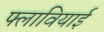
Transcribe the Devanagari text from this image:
फ्लावियाई